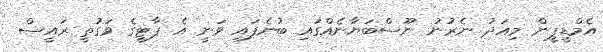
އެމްޑީޕީން މިއަދު ނެރުނު ނޫސްބަޔާނެއްގައި ބުނެފައި ވަނީ އެ ޕާޓީގެ ވަގުތީ ރައީސް